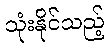
သုံးနိုင်သည့်